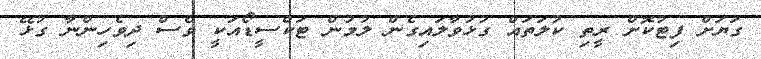
ގަޔަށް ފިޓުކޮށް ރީތި ކުލަތައް ގުޅުވާލައިގެން ލުމުން ޓަކްސީޑޯއަކީ ވެސް ދިވެހިންނާ ގުޅޭ